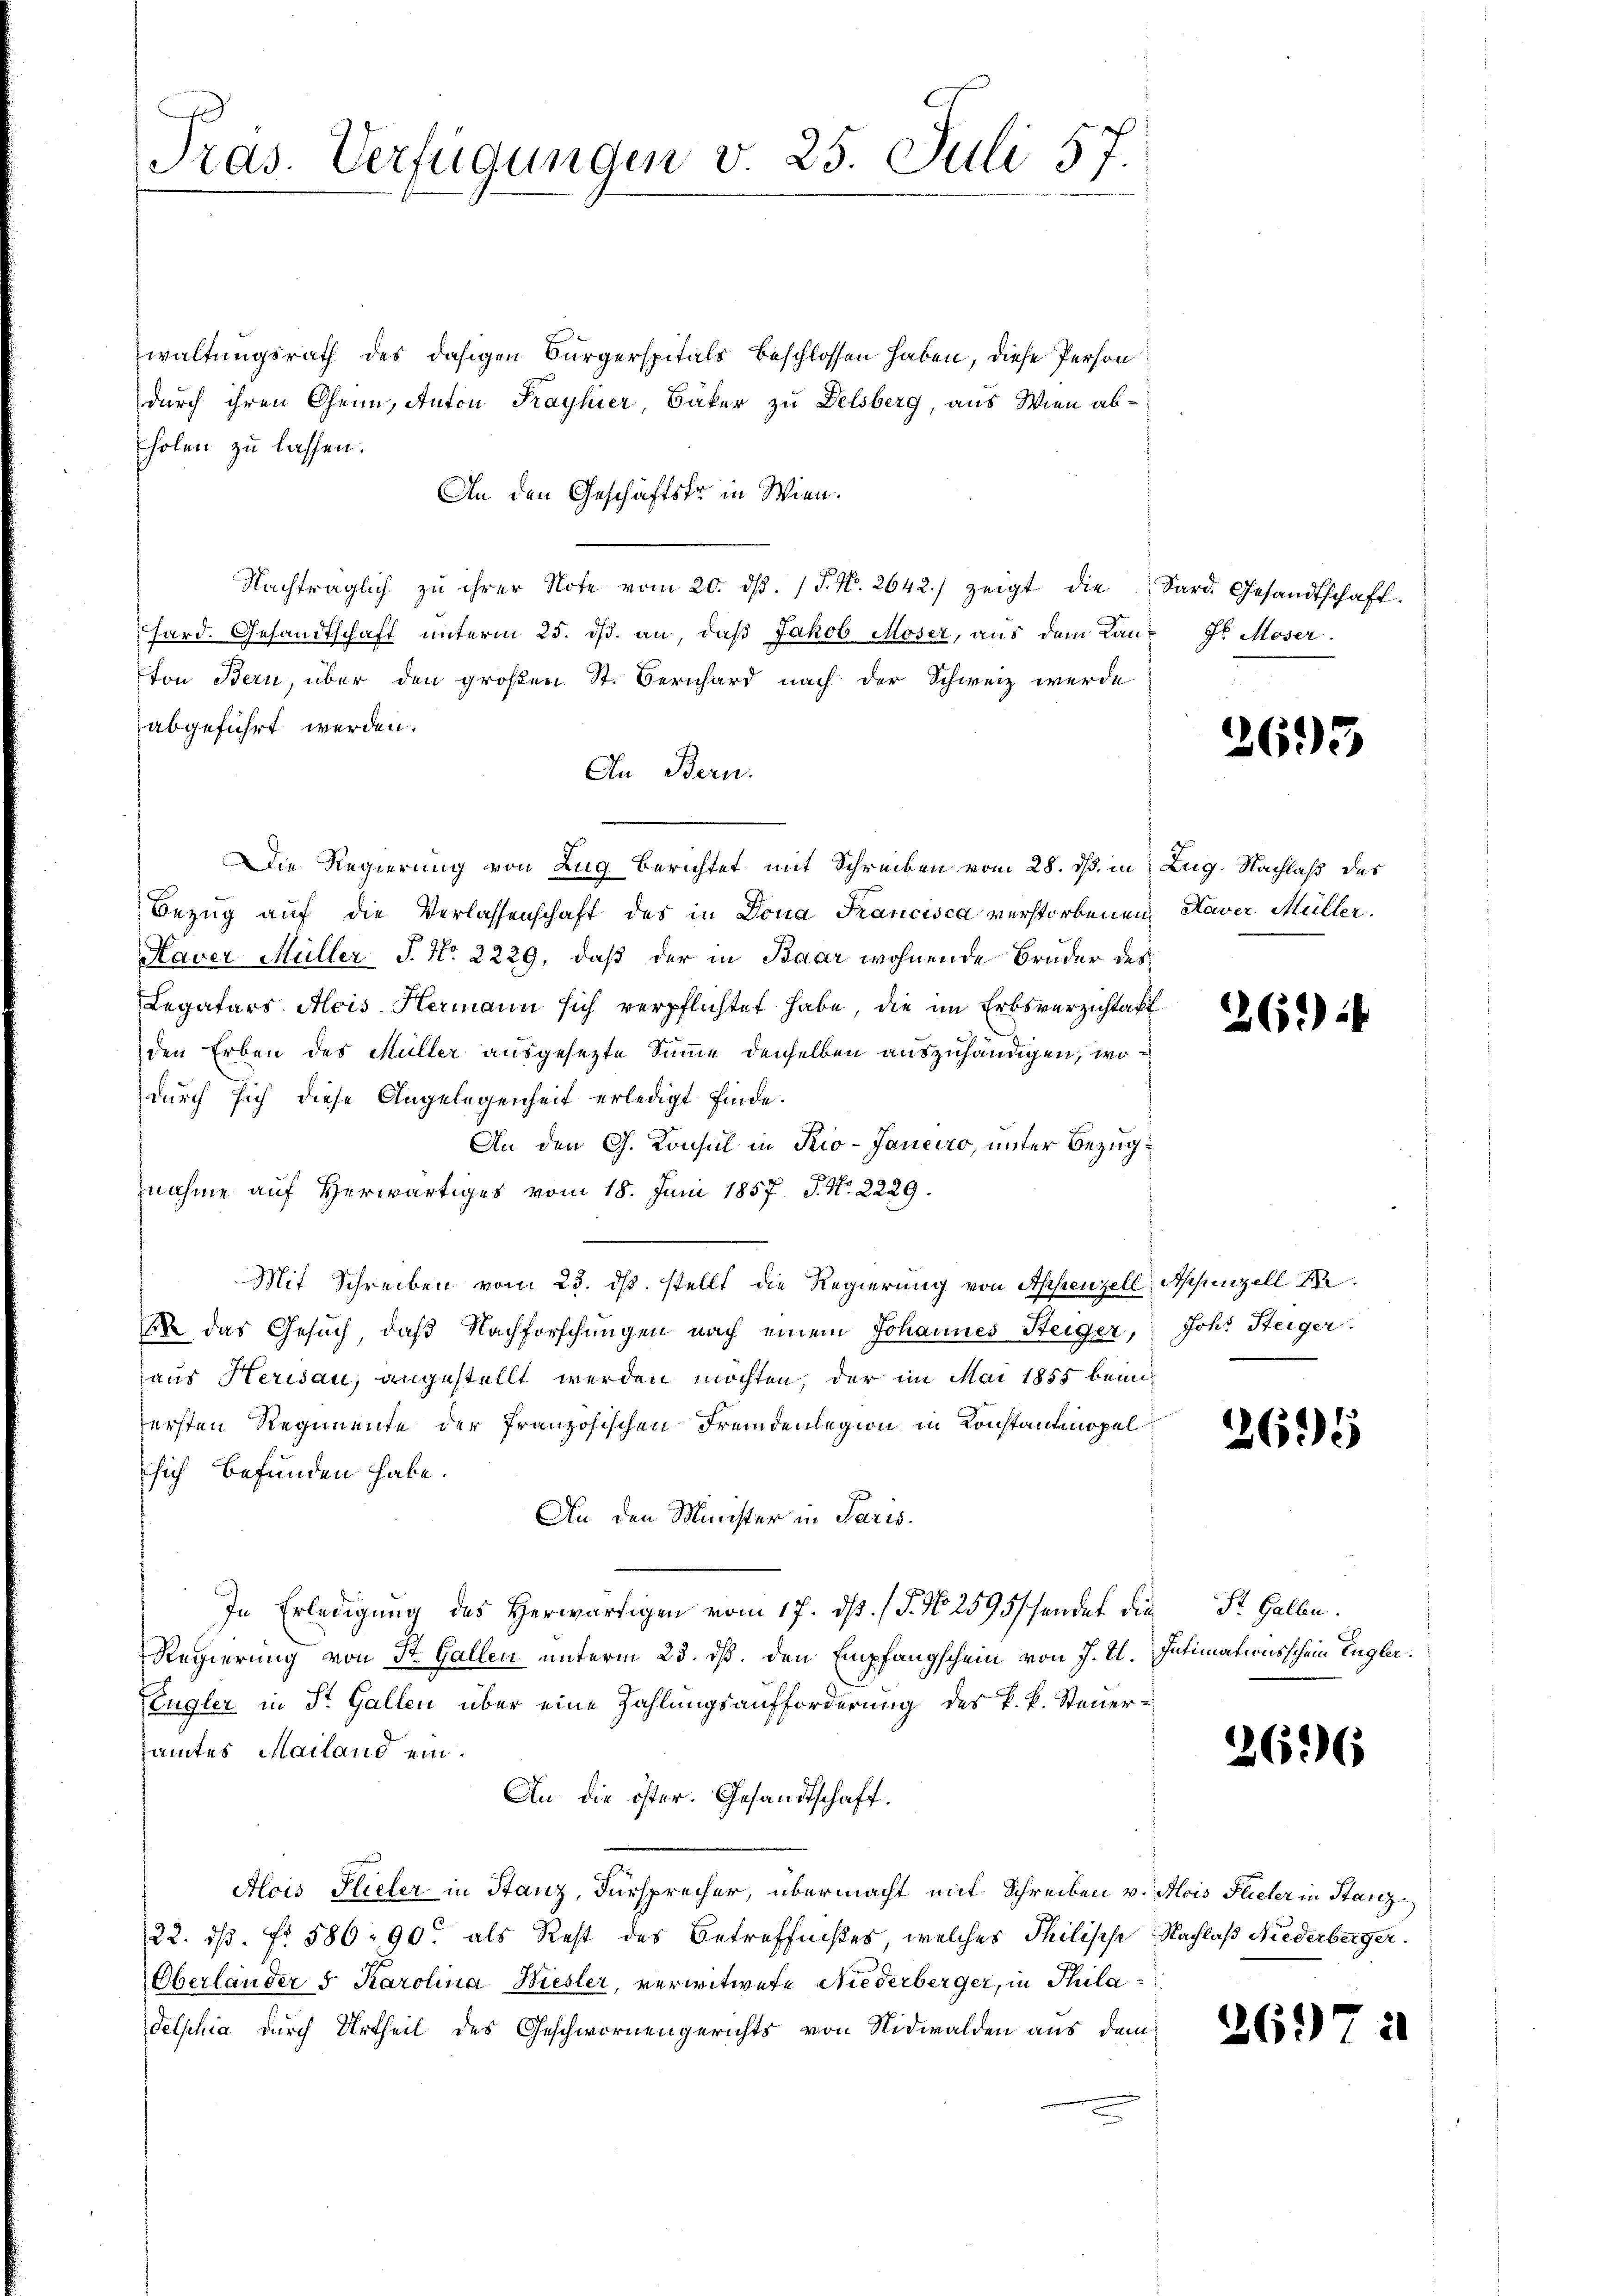
Pras. Verfügungen v. 25. Juli 57.

waltungsrath des dasigen Bürgerspitals beschlossen haben, diese Person
durch ihren Gene, Anton Frayhier, Bäker zu Delsberg, aus Wien abholen zu lassen.
An den Geschäftstr in Wien.
Nachträglich zu ihrer Note vom 20. dβ. / P. Nr. 2642.) zeigt die Sard. Gesandtschaft:
hard. Gesandtschaft unterm 25. dß. an, daß Jakob Moser, aus dem Lan- Fr. Moser.
ton Bern, über den großen St. Bernhard nach der Schweiz werde
abgeführt werden.
An Bern.
Die Regierung von Zug berichtet mit Schreiben vom 28. ds. in Zug. Nachlaß des
Bezug auf die Verlassenschaft des in Dona Francisca verstorbenen Haver Müller
Haver Müller J. No. 2229, daß der in Baar wohnende Bruder des
Legatars Alois Hermann sich verpflichtet habe, die im Erbsverzichtakt
den Erben des Müller ausgesezte Summe denselben auszuhändigen, wo
durch sich diese Angelegenheit erledigt finde.
An den G. Konsul in Rio-Janeiro, unter Bezugnahme auf Herwärtiges vom 18. Juni 1857. P. N. 2229.
Mit Schreiben vom 23. dβ. stellt die Regierŭng von Appenzell Appenzell A.
2 das Gesuch, daß Nachforschungen nach einem Johannes Steiger, Joh. Steiger.
aus Herisau, angestellt werden möchten, der im Mai 1855 beim
ersten Regimente der französischen Fremdenlegion in Konstantmopel
sich befunden habe.
An den Minister in Paris.
In Erledigung des Herwärtigen vom 17. ds. (T. No 2595/ sendet die St. Gallen.
Regierung von St. Gallen unterm 23. dß. den Empfangschein von J. I. Intimationsschein Engler
Lengler in St. Gallen über eine Zahlungsaufforderung des k. k. Steueramtes Mailand ein¬
An die öster. Gesandtschaft.
Alcis Hieler in Stanz, Fürsprecher, übermacht mit Schreiben v. Mois Flieler in Stanz¬
22. ds. f. 586. 90. als Rest des Betreffnißes, welches Philische Nachlaß Niederberger¬
Oberländer 5 Karolina Hiester, verwitwete Niederberger, in Phila
delschia durch Urtheil des Geschwornengerichts von Nidwalden aus dem

26.)

262) i

2695

2696

261)